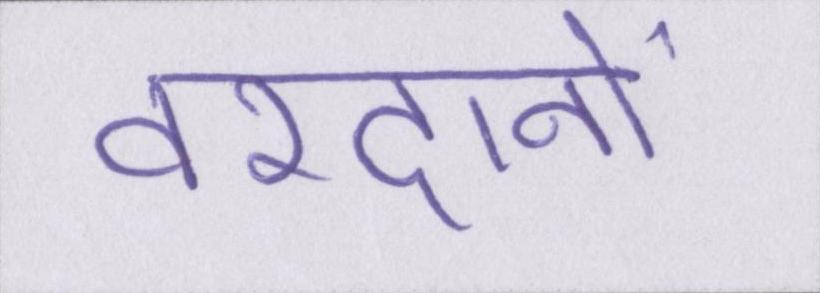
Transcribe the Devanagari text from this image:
वरदानों